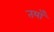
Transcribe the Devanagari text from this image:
तयाँ